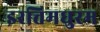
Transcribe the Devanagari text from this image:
इरत्तिमधुरम